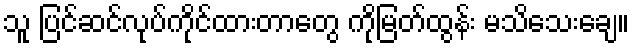
သူ ပြင်ဆင်လုပ်ကိုင်ထားတာတွေ ကိုမြတ်ထွန်း မသိသေးချေ။